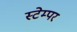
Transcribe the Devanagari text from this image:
स्टेम्पर